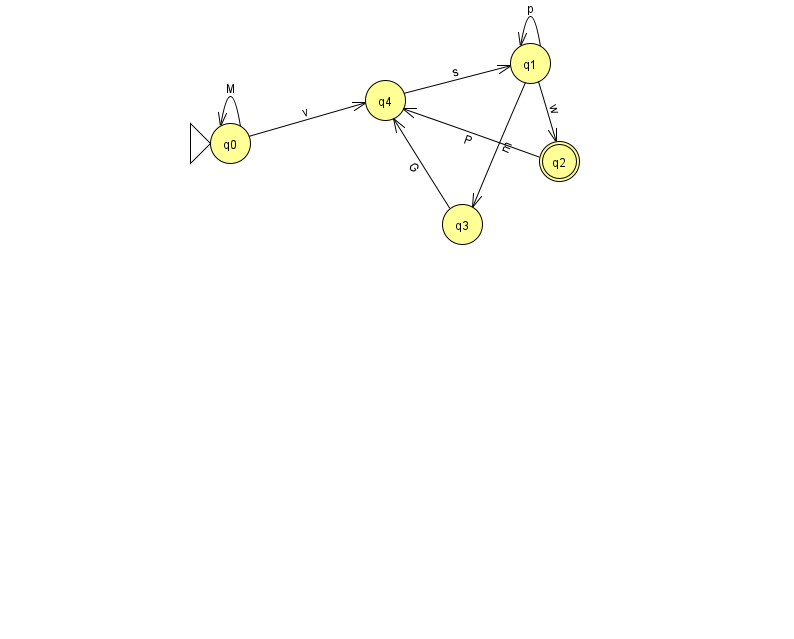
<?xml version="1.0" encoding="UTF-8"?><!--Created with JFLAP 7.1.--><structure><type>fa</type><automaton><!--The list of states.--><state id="0" name="q0"><x>230.0</x><y>130.0</y><initial/></state><state id="1" name="q1"><x>530.0</x><y>50.0</y></state><state id="2" name="q2"><x>559.0</x><y>148.0</y><final/></state><state id="3" name="q3"><x>462.0</x><y>211.0</y></state><state id="4" name="q4"><x>385.0</x><y>87.0</y></state><!--The list of transitions.--><transition><from>1</from><to>1</to><read>p</read></transition><transition><from>0</from><to>4</to><read>v</read></transition><transition><from>3</from><to>4</to><read>G</read></transition><transition><from>4</from><to>1</to><read>s</read></transition><transition><from>1</from><to>3</to><read>m</read></transition><transition><from>0</from><to>0</to><read>M</read></transition><transition><from>2</from><to>4</to><read>P</read></transition><transition><from>1</from><to>2</to><read>w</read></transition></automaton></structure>